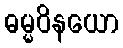
ဓမ္မဝိနယော